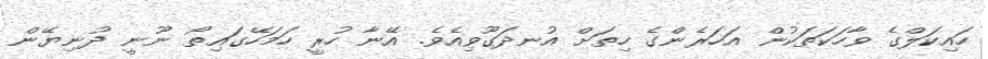
ހައިކަލްގެ ވާހަކަތަކުން އަހަރެންގެ ހިތަށް އުނދަގޫވިއެވެ. އޭނާ ހުރީ ހަމަހޭގައިތޯ ނޫނީ ދުނިޔޭން